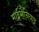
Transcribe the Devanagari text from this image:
माईसेनियाइ